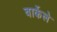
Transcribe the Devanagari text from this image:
बार्केले